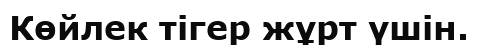
Көйлек тігер жұрт үшін.